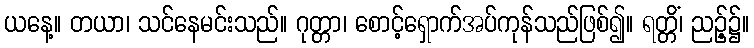
ယနေ့။ တယာ၊ သင်နေမင်းသည်။ ဂုတ္တာ၊ စောင့်ရှောက်အပ်ကုန်သည်ဖြစ်၍။ ရတ္တိံ၊ ညဉ့်၌။